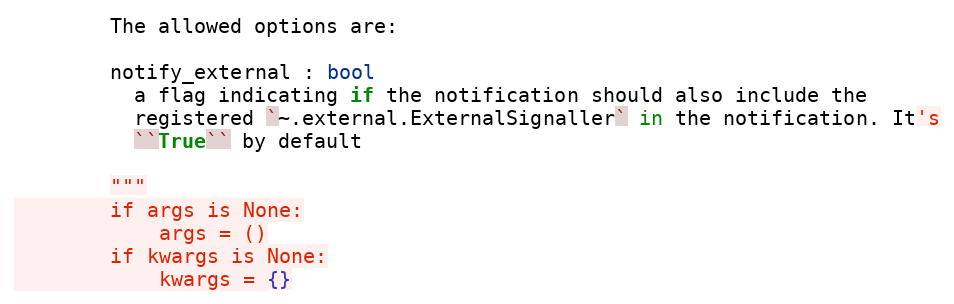
Language: Python
        The allowed options are:

        notify_external : bool
          a flag indicating if the notification should also include the
          registered `~.external.ExternalSignaller` in the notification. It's
          ``True`` by default

        """
        if args is None:
            args = ()
        if kwargs is None:
            kwargs = {}